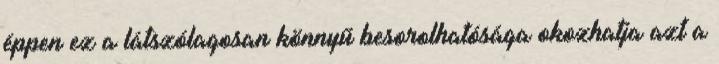
éppen ez a látszólagosan könnyű besorolhatósága okozhatja azt a